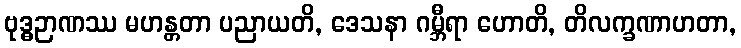
ဗုဒ္ဓဉာဏဿ မဟန္တတာ ပညာယတိ, ဒေသနာ ဂမ္ဘီရာ ဟောတိ, တိလက္ခဏာဟတာ,